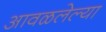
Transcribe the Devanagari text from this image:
आवळलेल्या